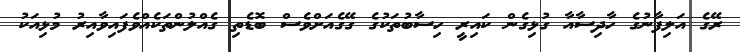
ރޭގެ އަލިފާނުގެ ހާދިސާއާ ގުޅިގެން ކައިރީ ހިސާބުތަކުގެ ގޭގެއަށްވެސް ބޮޑެތި ގެއްލުންތަކެއްވެފައިވާއިރު މުޅިއަކު